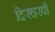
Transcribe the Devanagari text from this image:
दिस्चस्पी